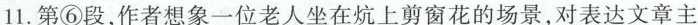
11.第⑥段，作者想象一位老人坐在炕上剪窗花的场景，对表达文章主